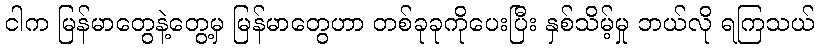
ငါက မြန်မာတွေနဲ့တွေ့မှ မြန်မာတွေဟာ တစ်ခုခုကိုပေးပြီး နှစ်သိမ့်မှု ဘယ်လို ရကြသယ်